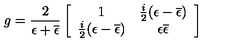
g = { \frac { 2 } { \epsilon + \overline { { \epsilon } } } } \left[ \begin{array} { c c } { 1 } & { { \frac { i } { 2 } } ( \epsilon - \overline { { \epsilon } } ) } \\ { { \frac { i } { 2 } } ( \epsilon - \overline { { \epsilon } } ) } & { \epsilon \overline { { \epsilon } } } \\ \end{array} \right]